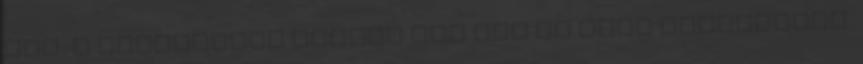
nép, a nyomorában Mindíg ott ült az élet asztalánál.